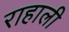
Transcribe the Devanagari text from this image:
राहाली